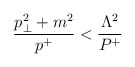
\begin{align*}{p_\perp^2+m^2\over p^+} < {\Lambda^2\over P^+}\end{align*}